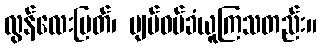
လွန်လေးမြတ်၊ ပျပ်ဝပ်ခံယူကြသတည်း။